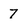
Character: 7